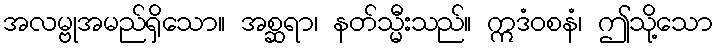
အလမ္ဗုအမည်ရှိသော။ အစ္ဆရာ၊ နတ်သ္မီးသည်။ ဣဒံဝစနံ၊ ဤသို့သော